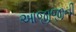
આજીજીની